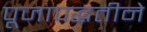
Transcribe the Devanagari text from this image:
पूजापद्धतीने